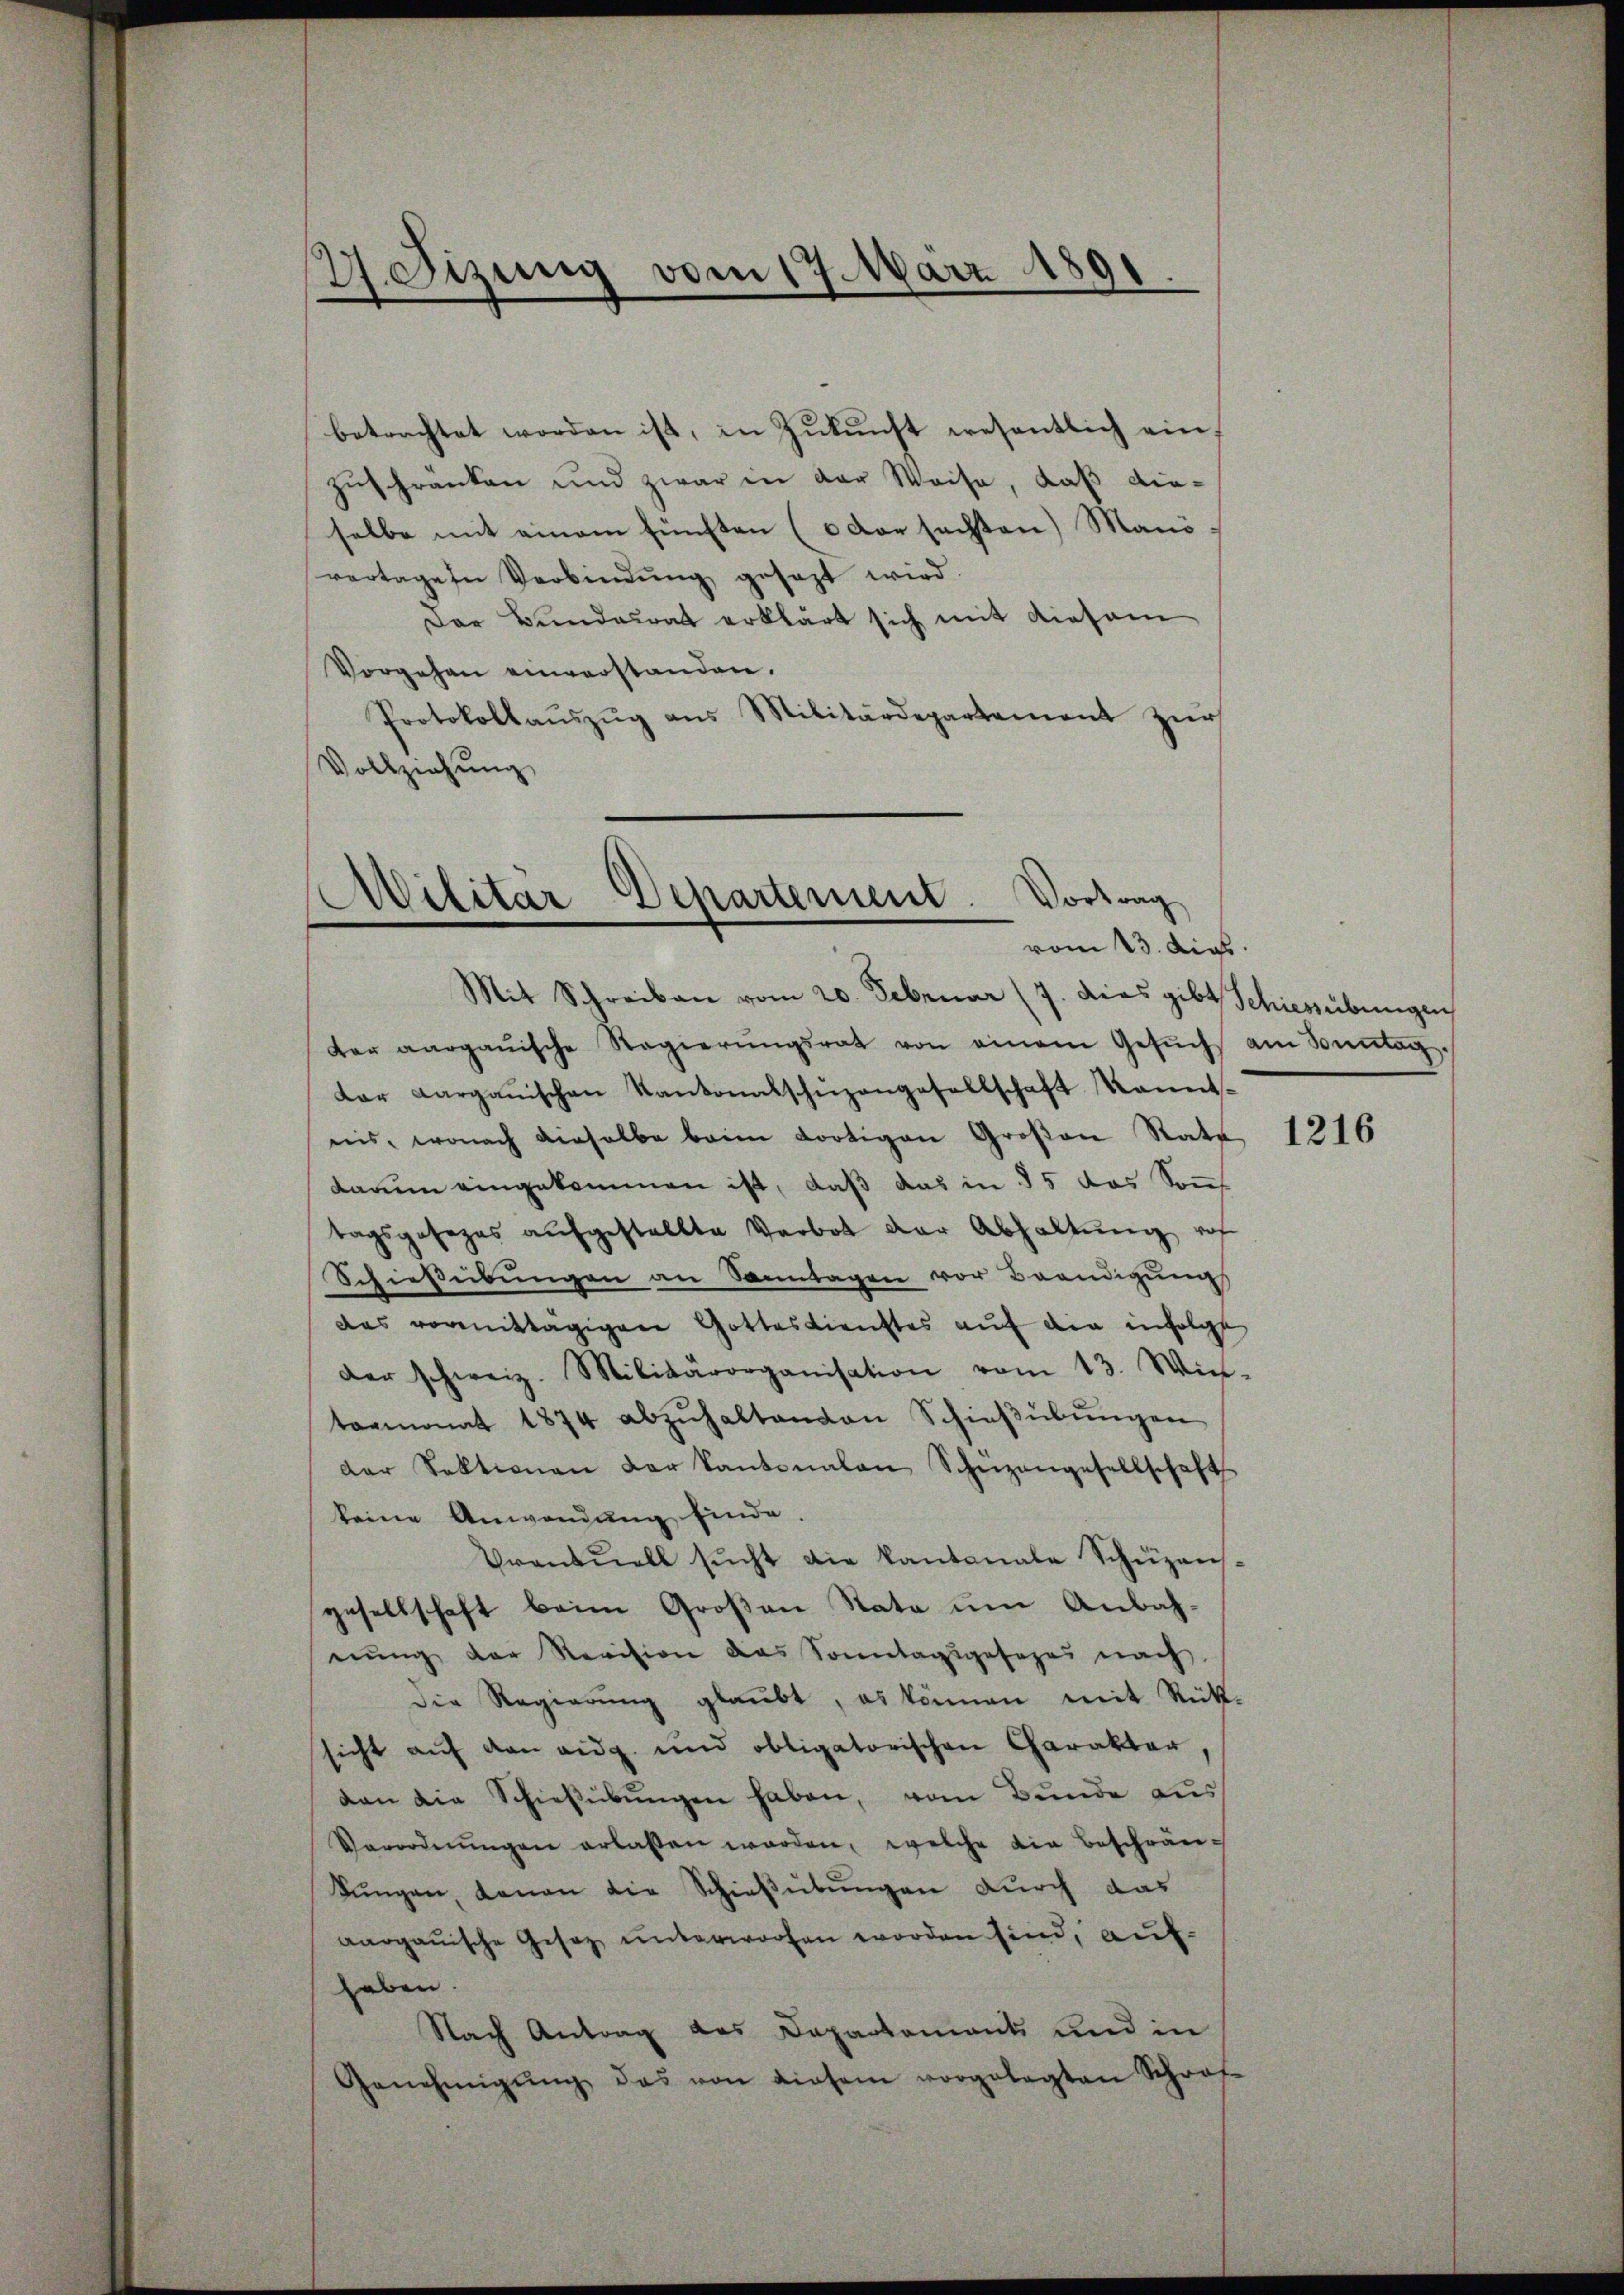
7. Sizung vom 17. März 1

betrachtet worden ist, in Zŭkŭnft wesentlich ein
zuschränken und zwar in der Weise, daß dieselbe mit einem fünften ( Dorsachten) Manö
vertagen Verbindŭng gesagt wird.
Der Bundesrat erklärt sich mit diesem
Vorgehen einverstanden.
Protokollaŭszŭg ans Militärdepartement zŭr
Vollziehung

Militär-Departement. Vortrag
vom 13. digs
Mit Schreiben vom 20. Februar (7. dies gibt Schiessübungen

der aargauische Regierŭngsrat von einem Gesŭch am Sonntag.
dar Aargauischen Kantonalschüzengesellschaft kannt-
nis, wonach dieselbe beim dortigen Großen Rate
darin eingekommen ist, daß das in 35 das Souf
tagsgesezes aufgestellte Verbot der Abhaltŭng auf
Schießübungen an Sonntagen vor Brandigung
das vormittägigen Gottesdienstes aŭf die infolgt
der schweiz. Militärorganisation vom 13. Win-
tarmonat 1874 abzŭhaltenden Schieβübŭngen
der Sektionen der Kantonalen Schüzengesellschaft
keine Anwendung finde.
Prentuell sŭcht die Kantonale Schüzens-
gesellschaft beim Großen Nate um Anbahnŭng der Revision das Sonntagsgesages nach
Die Regierung glaubt, es können mit Rück-
sicht auf den eidg. und obligatorischen Charakter
dan die Schießübŭngen haben, vom Bunde aus
Verordnŭngen erlassen worden, welche die beschrän¬
Jungen, denen die Schießübungen durch das
aargauische Gesez unterworfen worden sind, aufhaben
Nach Antrag des Departement und in
Genehmigŭng das von diesem vorgelegten Schrof-

1216